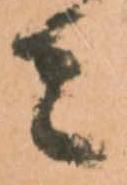
者